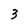
Character: 3